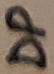
Text: DP